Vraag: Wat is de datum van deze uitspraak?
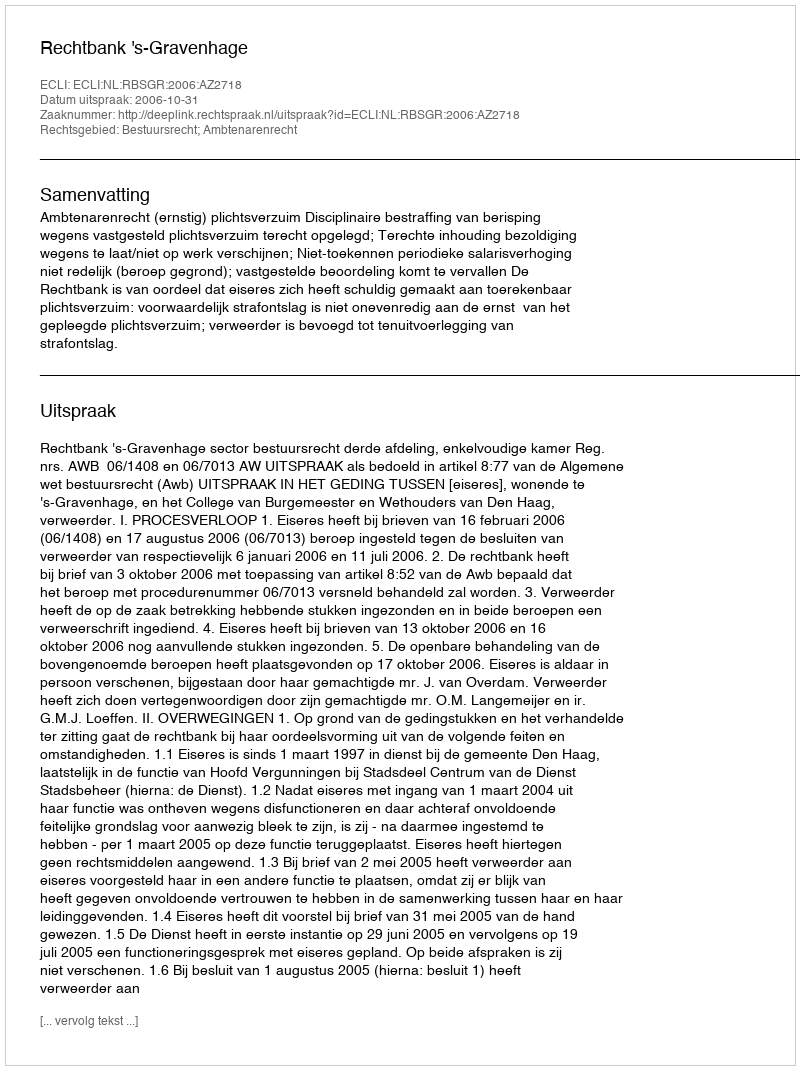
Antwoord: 2006-10-31